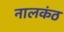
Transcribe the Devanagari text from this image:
नालकंठ